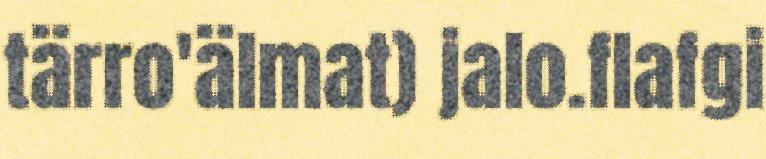
tärro'älmat) jalo.flafgi